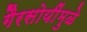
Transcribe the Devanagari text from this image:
गैरसोयींमुळे